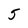
Character: 5